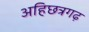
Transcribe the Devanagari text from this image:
अहिछत्रगढ़